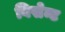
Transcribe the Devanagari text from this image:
बिसेन्ट